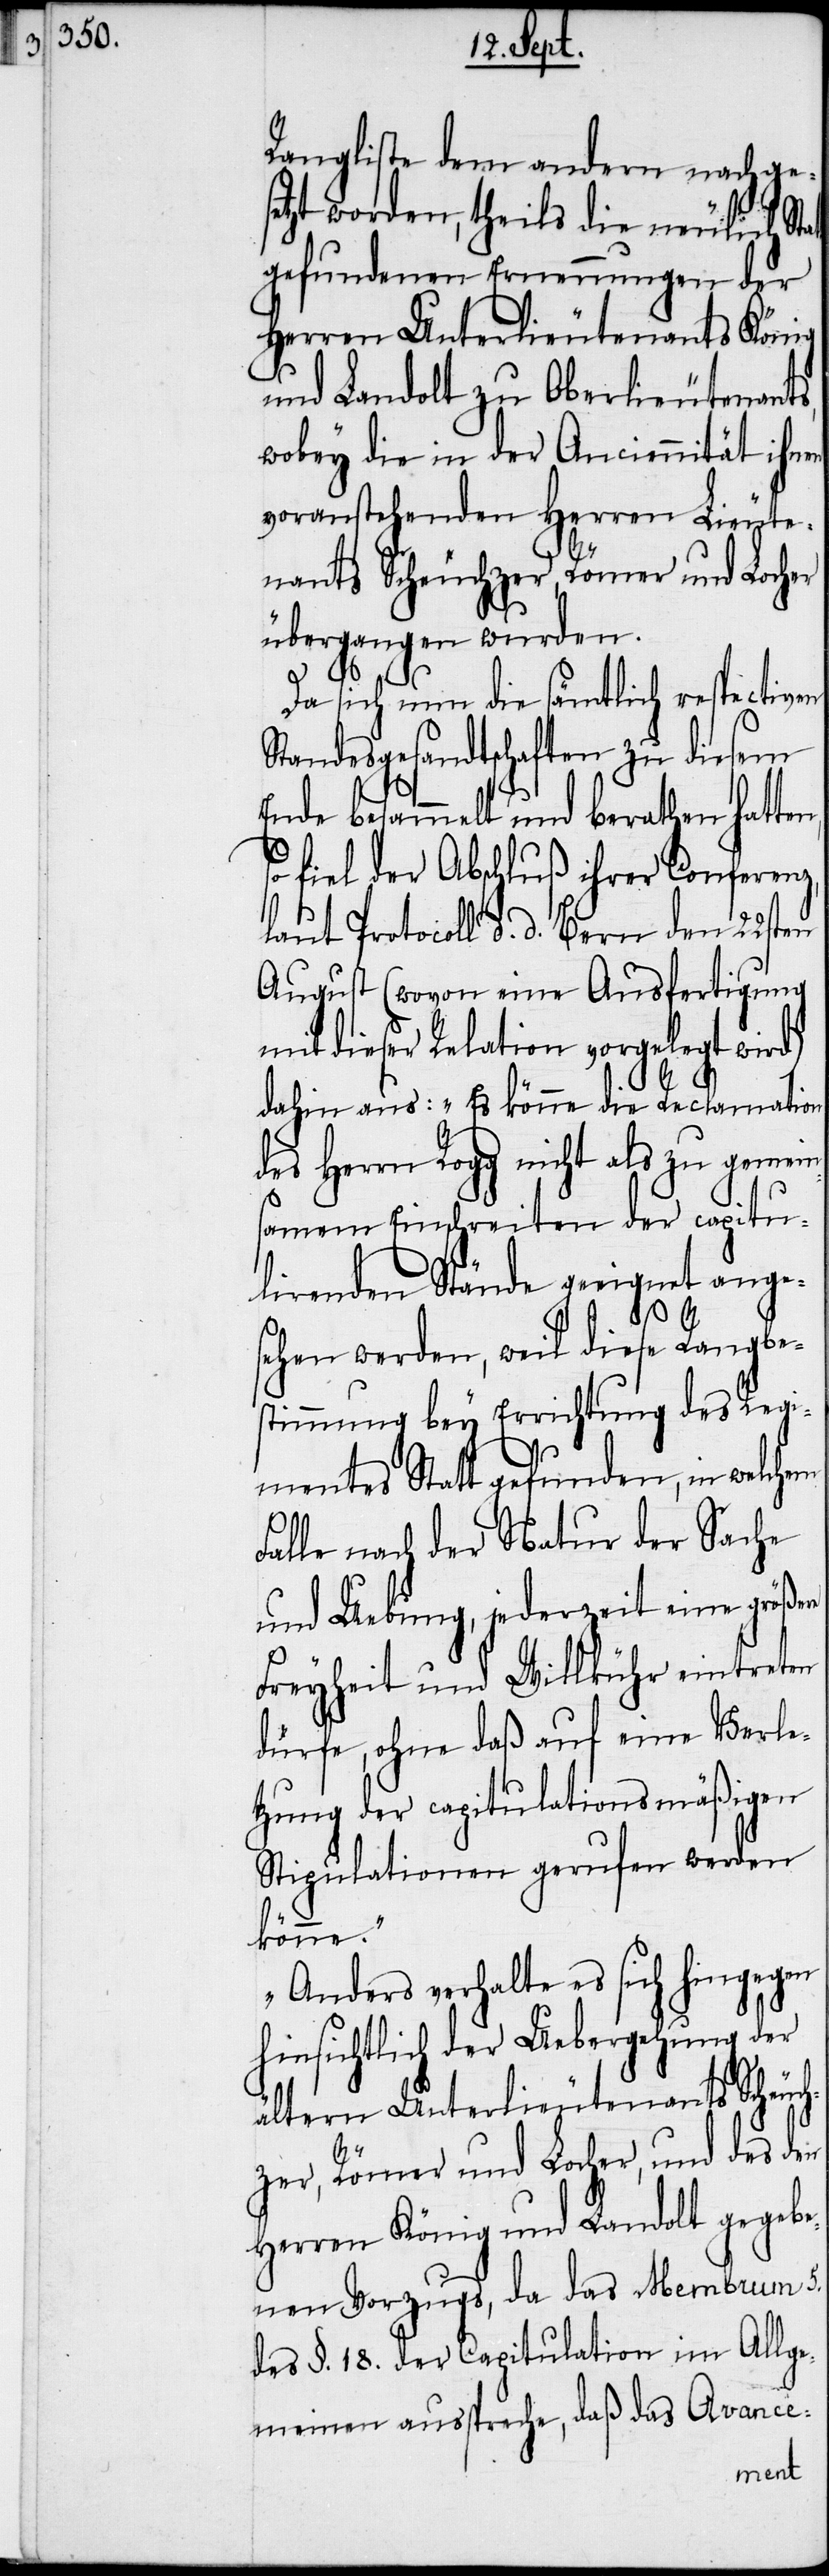
em

Rangliste dem andern nachges¬
etzt worden, theils die neulich
gefundenen Ernennungen der
Herren Unterlieutenants König
und Landolt zu Oberlieutenan¬
wobey die in der Anciennität ihn¬
voranstehenden Herren Lieut¬
enants Scheuchzer, Römer und Lo¬
übergangen wurden.
cher
Da sich nun die sämtlich respecti¬
Standesgesandtschaften zu diesem
Ende besammelt und berathen hatte¬
so fiel der Abschluß ihrer Confer¬
laut Protocoll d. d. Bern den 22s¬
August (wovon eine Ausfertigung
mit dieser Relation vorgelegt wird)
dahin aus: „Es könne die Reclama¬
des Herrn Rogg nicht als zu gemein¬
samem Einschreiten der capitu¬
lirenden Stände geeignet an¬
ten
sehen werden, weil diese Rangbe¬
stimmung bey Errichtung des Reg¬
imentes Statt gefunden, in welch¬
Falle nach der Natur der Sache
eine größere
und Uebung, jederz¬
Freyheit und Willkühr eintre¬
dürfe, ohne daß auf eine Verle¬
tzung der capitulationsmäßigen
Stipulationen gerufen werden
könne.“
„Anders verhalte es sich hingegen
hinsichtlich der Uebergehung der
ältern Unterlieutenants Scheuch¬
zer, Römer und Locher, und des den
Herren König und Landolt gegebe¬
nen Vorzugs, da das Membrum 5.
des §. 18. der Capitulation im Allge¬
meinen ausspreche, daß das Avance-
eit